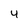
Character: 4